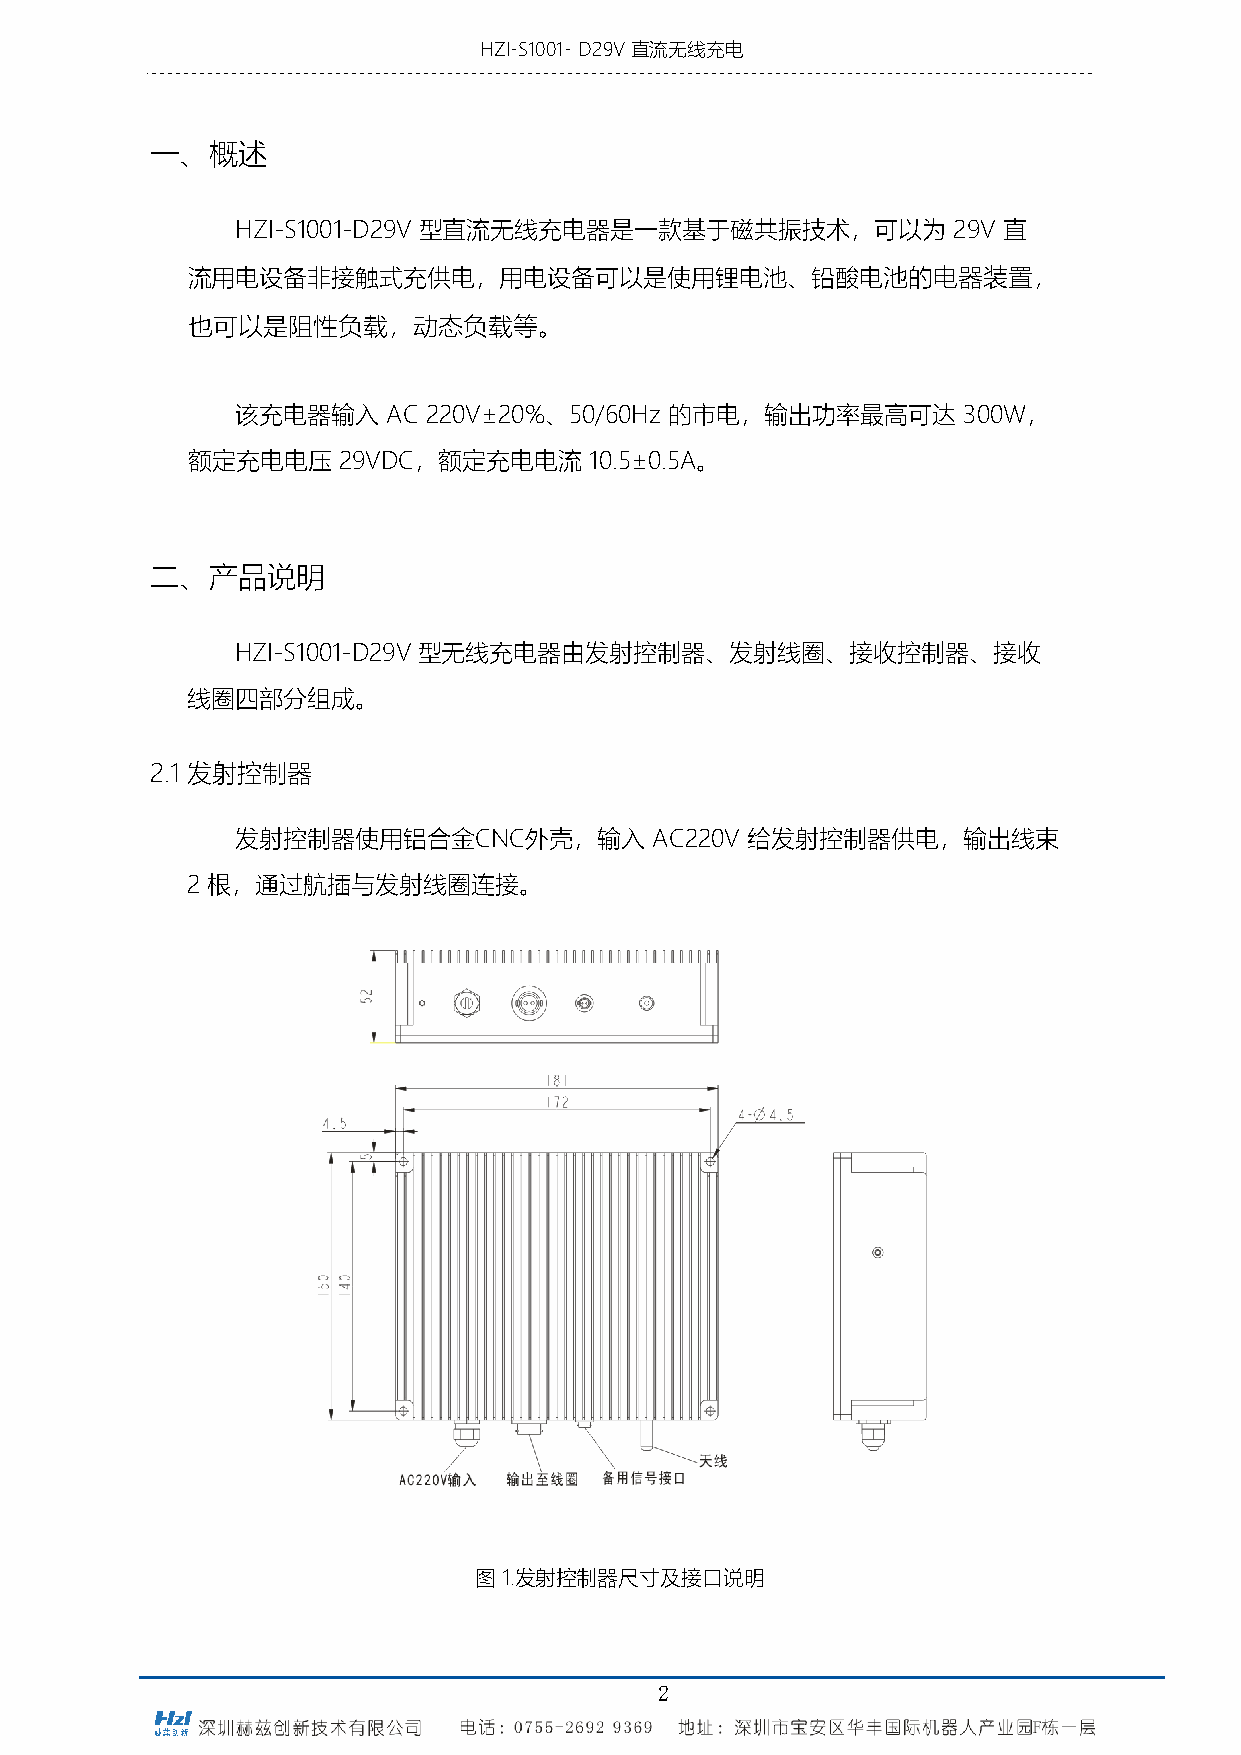
HZI-S1001- D29V 直流无线充电
 器说明书
 一、概述
 HZI-S1001-D29V 型直流无线充电器是一款基于磁共振技术，可以为          29V 直
 流用电设备非接触式充供电，用电设备可以是使用锂电池、铅酸电池的电器装置，
 也可以是阻性负载，动态负载等。
 该充电器输入    AC 220V±20%、50/60Hz 的市电，输出功率最高可达      300W，
 额定充电电压    29VDC，额定充电电流     10.5±0.5A。
 二、产品说明
 HZI-S1001-D29V 型无线充电器由发射控制器、发射线圈、接收控制器、接收
 线圈四部分组成。
 2.1 发射控制器
 发射控制器使用铝合金CNC外壳，输入         AC220V 给发射控制器供电，输出线束
 2 根，通过航插与发射线圈连接。
 图 1.发射控制器尺寸及接口说明
 2